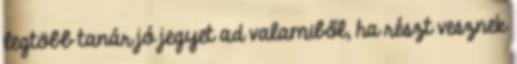
legtöbb tanár jó jegyet ad valamiből, ha részt vesznek